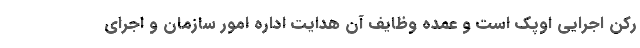
رکن اجرایی اوپک است و عمده وظایف آن هدایت اداره امور سازمان و اجرای